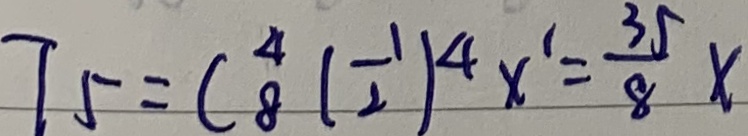
T _ { 5 } = C _ { 8 } ^ { 4 } ( \frac { 1 } { 2 } ) ^ { 4 } x ^ { 1 } = \frac { 3 5 } { 8 } x